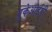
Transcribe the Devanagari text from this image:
युकेआईपी